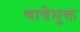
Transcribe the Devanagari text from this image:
चाचेमुक्त